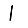
Digit: 1